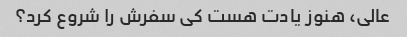
عالی، هنوز یادت هست کی سفرش را شروع کرد؟